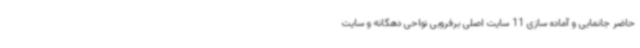
حاضر جانمایی و آماده سازی 11 سایت اصلی برفروبی نواحی دهگانه و سایت